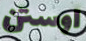
اوستن